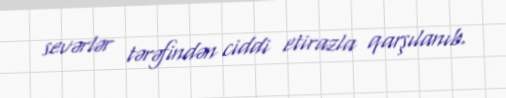
sevərlər tərəfindən ciddi etirazla qarşılanıb.